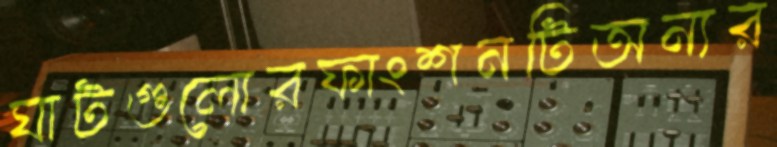
ঘাটগুলোরফাংশনটিঅন্যর